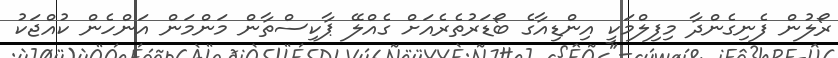
ރޯލުން ފެނިގެންދާ މިފިލްމަކީ އިންޑިއާގެ ބޯޑަރުތެރެއަށް ގެއްލޭ ޕާކިސްތާން މަންމަން އަންހެން ކުއްޖަކު